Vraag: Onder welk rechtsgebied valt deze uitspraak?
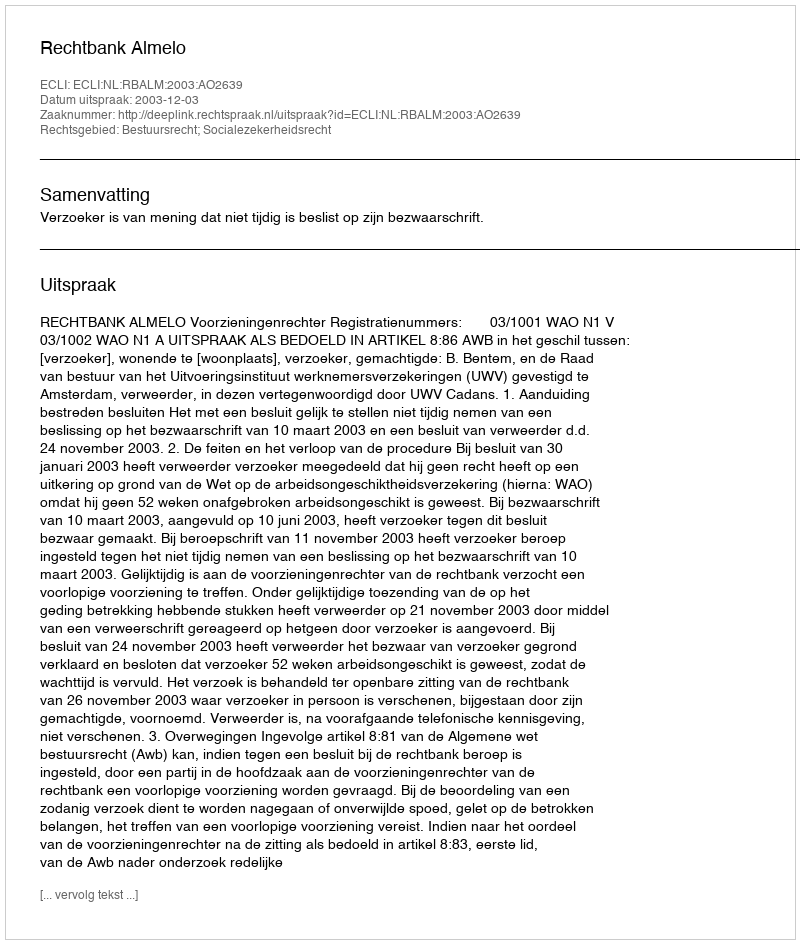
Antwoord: Bestuursrecht; Socialezekerheidsrecht